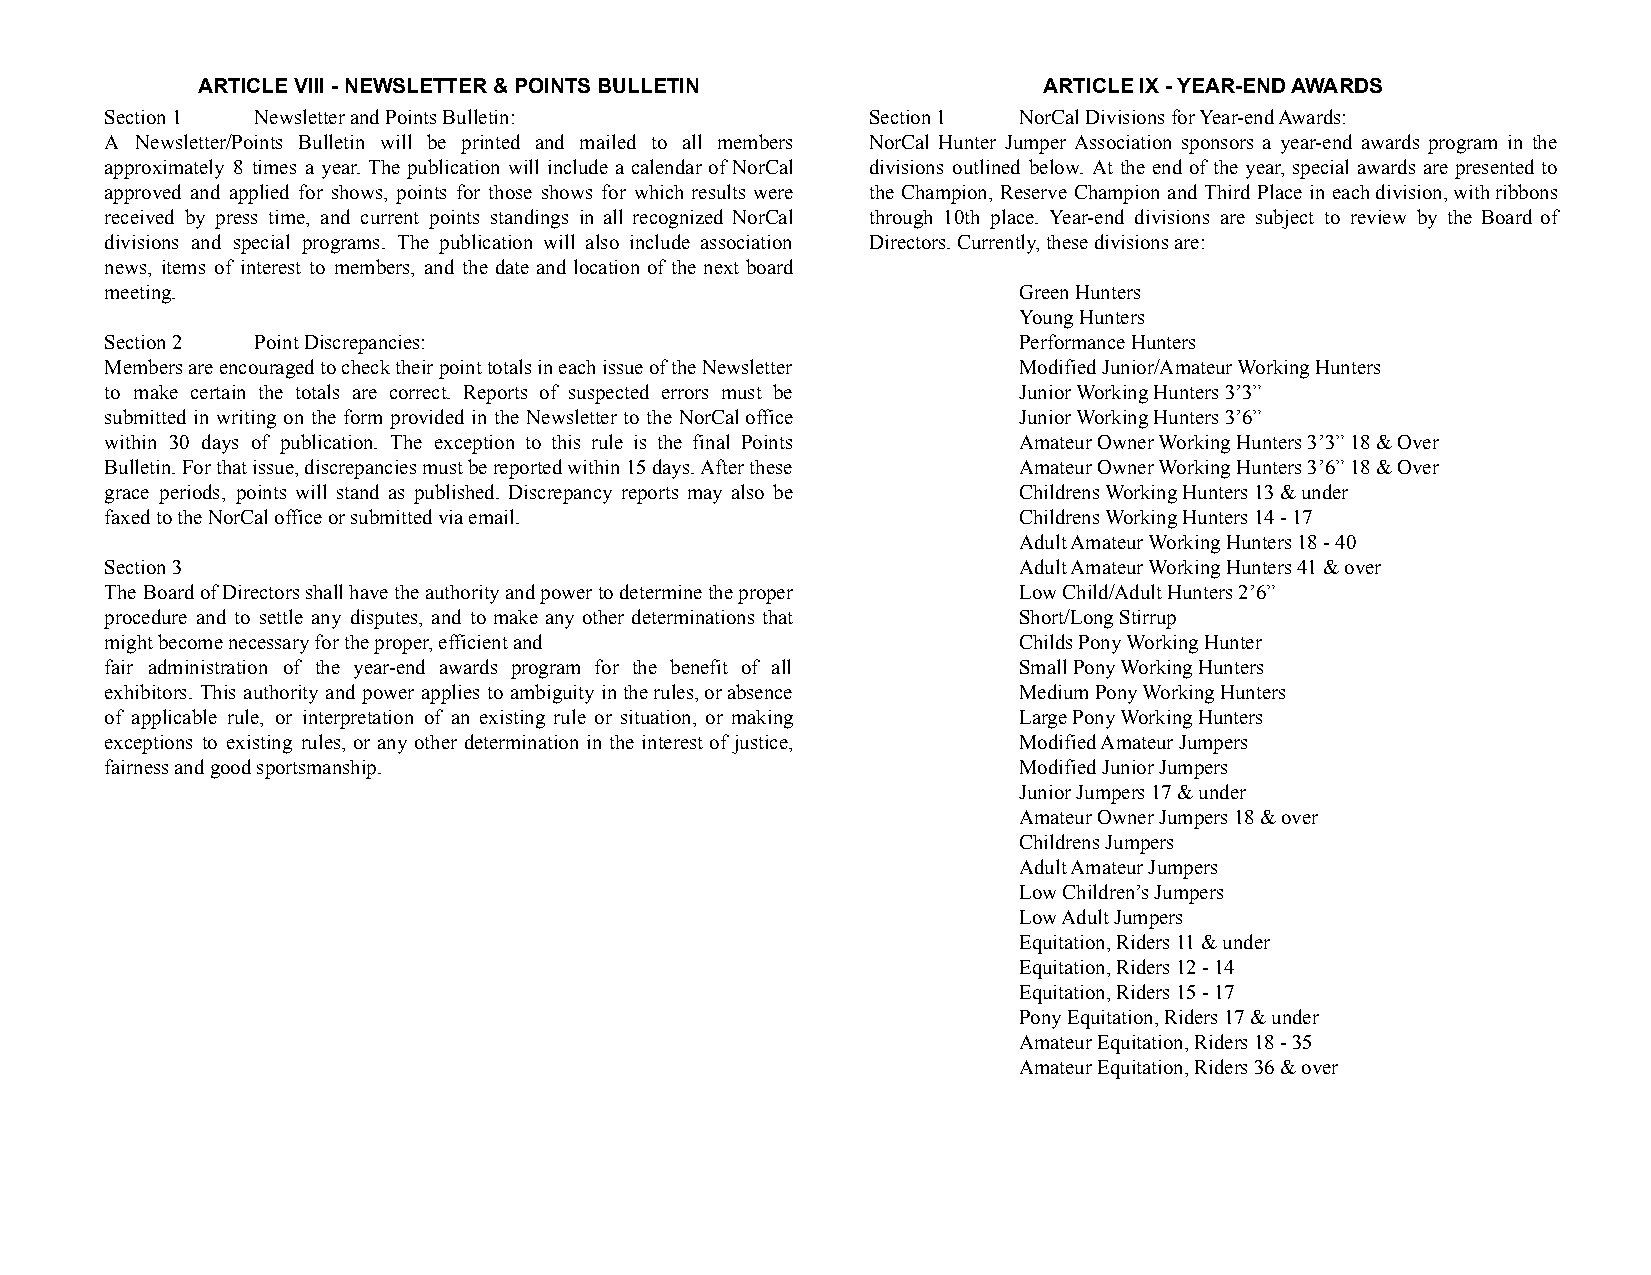
ARTICLE VIII - NEWSLETTER & POINTS BULLETIN             ARTICLE IX - YEAR-END AWARDS
 Section 1 Newsletter and Points Bulletin:         Section 1 NorCal Divisions for Year-end Awards:
 A Newsletter/Points Bulletin will be printed and mailed to all members NorCal Hunter Jumper Association sponsors a year-end awards program in the
 approximately 8 times a year. The publication will include a calendar of NorCal divisions outlined below. At the end of the year, special awards are presented to
 approved and applied for shows, points for those shows for which results were the Champion, Reserve Champion and Third Place in eachdivision,withribbons
 received by press time, and current points standings in all recognized NorCal through 10th place. Year-end divisions are subject to review by the Board of
 divisions and special programs. The publication will also include association Directors. Currently, these divisions are:
 news, items of interest to members, and the date and location of the next board
 meeting.                                                    Green Hunters
 Young Hunters
 Section 2 Point Discrepancies:                              Performance Hunters
 MembersareencouragedtochecktheirpointtotalsineachissueoftheNewsletter Modified Junior/Amateur Working Hunters
 to make certain the totals are correct. Reports of suspected errors must be Junior Working Hunters 3’3”
 submitted in writing on the form provided in the Newsletter to the NorCaloffice Junior Working Hunters 3’6”
 within 30 days of publication. The exception to this rule is the final Points Amateur Owner Working Hunters 3’3” 18 & Over
 Bulletin.Forthatissue,discrepanciesmustbereportedwithin15days.Afterthese Amateur Owner Working Hunters 3’6” 18 & Over
 grace periods, points will stand as published. Discrepancy reports may also be Childrens Working Hunters 13 & under
 faxed to the NorCal office or submitted via email.          Childrens Working Hunters 14 - 17
 Adult Amateur Working Hunters 18 - 40
 Section 3                                                   Adult Amateur Working Hunters 41 & over
 The BoardofDirectorsshallhavetheauthorityandpowertodeterminetheproper Low Child/Adult Hunters 2’6”
 procedure and to settle any disputes, and to make any other determinations that Short/Long Stirrup
 might become necessary for the proper, efficient and        Childs Pony Working Hunter
 fair administration of the year-end awards program for the benefit of all Small Pony Working Hunters
 exhibitors. This authority and power applies to ambiguity intherules,orabsence Medium Pony Working Hunters
 of applicable rule, or interpretation of an existing rule or situation, or making Large Pony Working Hunters
 exceptions to existing rules, or any other determination in the interest of justice, Modified Amateur Jumpers
 fairness and good sportsmanship.                            Modified Junior Jumpers
 Junior Jumpers 17 & under
 Amateur Owner Jumpers 18 & over
 Childrens Jumpers
 Adult Amateur Jumpers
 Low Children’s Jumpers
 Low Adult Jumpers
 Equitation, Riders 11 & under
 Equitation, Riders 12 - 14
 Equitation, Riders 15 - 17
 Pony Equitation, Riders 17 & under
 Amateur Equitation, Riders 18 - 35
 Amateur Equitation, Riders 36 & over